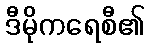
ဒီမိုကရေစီ၏